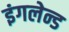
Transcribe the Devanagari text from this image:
इंगलेन्ड